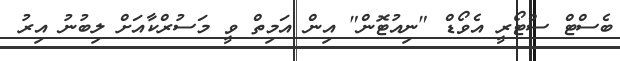
ބެސްޓް ސްޓޯރީ އެވޯޑް "ނިއުޓޮން" އިން އަމިތް ވީ މަސުރްކާއަށް ލިބުނު އިރު